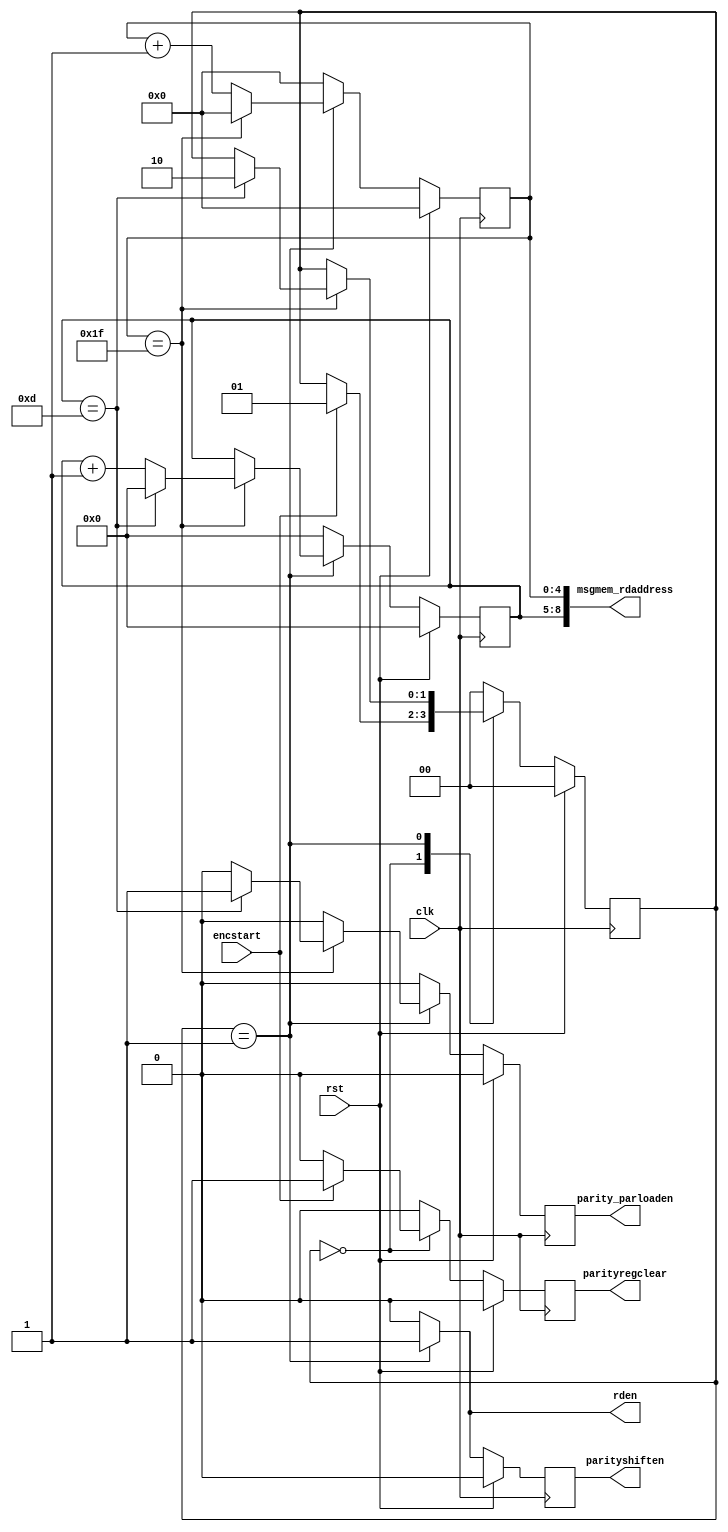
`timescale 1ns / 1ps
//////////////////////////////////////////////////////////////////////////////////
// Company: 
// Engineer: 
// 
// Design Name: 
// Module Name: ne_enc_addrgen
// Project Name: 
// Target Devices: 
// Tool Versions: 
// Description: 
// 
// Dependencies: 
// 
// Revision:
// Revision 0.01 - File Created
// Additional Comments:
// accounting 1 cycle delay of parity shift register update
// we delay the parload en signal and parity shift reg clear signal by 1 cycle.
// rden=1 stays for long time to be captured by slower outclk edge
// parityshiften goes 0 once counting finishes, it is also delayed 1 cycle.
// it stays 0 for longer time so that parity bits stays static 
// for long time to be captured by outclk
//////////////////////////////////////////////////////////////////////////////////


module ne_enc_addrgen(parityregclear, parity_parloaden,parityshiften, rden, msgmem_rdaddress, encstart, clk, rst);
parameter ROMDEPTH= 14;//KB
parameter Z_LM_MSG_DEPTH=32;//(Z+1)/Lm = (511+1)/16) = 32
parameter ROMADDRESSWIDTH = 4; //ceil(log2(KB)) = ceil(log2(14))= 4
parameter Z_LM_MSG_WIDTH = 5;// ceil(log2(Z_LM_MSG_DEPTH)) = ceil(log2(32))=5;
parameter MSGMEM_ADDRESSWIDTH = ROMADDRESSWIDTH + Z_LM_MSG_WIDTH;
parameter CLK_OUTCLK_SYNCCYCLES=10;

output reg parityregclear;
output reg parity_parloaden;
output reg parityshiften;
output reg rden;
output[MSGMEM_ADDRESSWIDTH-1:0] msgmem_rdaddress;
input encstart;//connect wren of load fsm to start
input clk;
input rst;

//Delayed by 1 cycle as parity shifting takes 1 cycle to update
 reg parityregclear_regin;
 reg parity_parloaden_regin;
 reg parityshiften_regin;
always@(posedge clk)
begin
  if(rst)
  begin
    parityregclear<=0;
    parity_parloaden<=0;    
    parityshiften<=0;
  end
  else
  begin
    parityregclear<=parityregclear_regin;
    parity_parloaden<=parity_parloaden_regin;
    parityshiften<=parityshiften_regin;
  end
end

reg[ROMADDRESSWIDTH-1:0] countKB, nextcountKB;
reg[Z_LM_MSG_WIDTH-1:0] count32, nextcount32;

reg[1:0] ps, ns;
parameter INIT=0, COUNTING=1, PARITYLOAD=2;

always@(posedge clk)
begin
  if(rst)
  begin
    ps<=0;
    countKB<=0;
    count32<=0;
  end
  else
  begin
    ps<=ns;
    countKB<=nextcountKB;
    count32<=nextcount32;
  end
end

always@(*)
begin
  case(ps)
    INIT: begin
            ns = encstart ? COUNTING : ps;
            nextcountKB = 0;
            nextcount32= 0;
            rden = 0;
            parity_parloaden_regin = 0;  
            parityregclear_regin=encstart ? 1 : 0;//0;          
            parityshiften_regin=0;
          end
    COUNTING: begin
                ns = (count32==Z_LM_MSG_DEPTH-1) ? ((countKB==ROMDEPTH-1) ? PARITYLOAD : ps) : ps;
                nextcountKB = (count32==Z_LM_MSG_DEPTH-1) ? ((countKB==ROMDEPTH-1) ? 0 : countKB + 1) : countKB;
                nextcount32= (count32==Z_LM_MSG_DEPTH-1) ? 0 : count32 + 1;
                rden = 1;
                parityshiften_regin=1;
                parity_parloaden_regin = (count32==Z_LM_MSG_DEPTH-1) ? ((countKB==ROMDEPTH-1) ? 1 : 0) : 0;
                parityregclear_regin=0;
              end
    PARITYLOAD: begin
                ns = INIT;
                nextcountKB = 0;
                nextcount32= 0;
                rden = 0;
                parityshiften_regin=0;
                parity_parloaden_regin = 0;
                parityregclear_regin=0;//1;
              end              
    default: begin
               ns = 0;
               nextcountKB = 0;
               nextcount32= 0;
               rden = 0;
               parityshiften_regin=0;
               parity_parloaden_regin = 0; 
               parityregclear_regin=0;   
             end
  endcase
end

//output read address:
assign msgmem_rdaddress = {countKB, count32};



endmodule